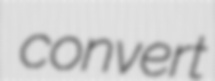
convert